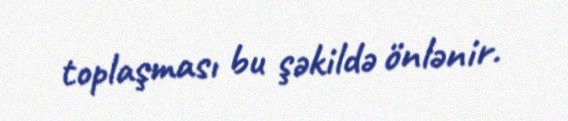
toplaşması bu şəkildə önlənir.